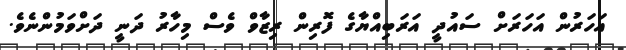
އަހަރުން އަހަރަށް ސައުދީ އަރަބިއްޔާގެ ފޮރިން ރިޒާވް ވެސް މިހާރު ދަނީ ދަށްވަމުންނެވެ.